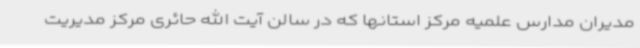
مدیران مدارس علمیه مرکز استانها که در سالن آیت الله حائری مرکز مدیریت